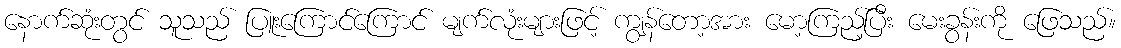
နောက်ဆုံးတွင် သူသည် ပြူးကြောင်ကြောင် မျက်လုံးများဖြင့် ကျွန်တော့အား မော့ကြည့်ပြီး မေးခွန်းကို ဖြေသည်။